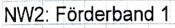
Text: NW2: Förderband 1